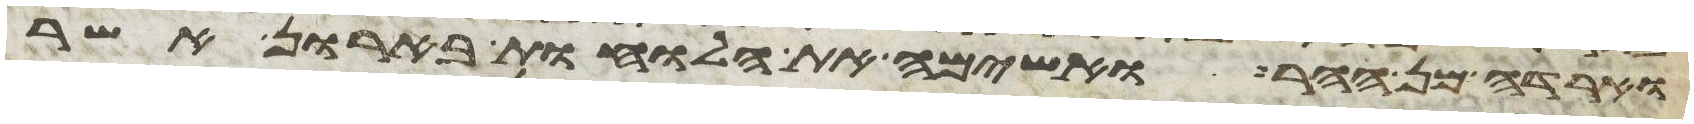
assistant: וארדה מן ההר ואשימה את הלוחות בארון אשר